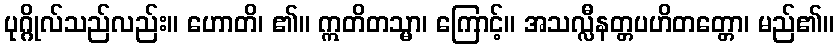
ပုဂ္ဂိုလ်သည်လည်း။ ဟောတိ၊ ၏။ ဣတိတသ္မာ၊ ကြောင့်။ အသလ္လီနတ္တပဟိတတ္တော၊ မည်၏။